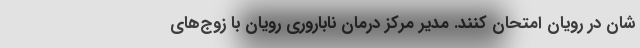
شان در رویان امتحان کنند. مدیر مرکز درمان ناباروری رویان با زوج‌های